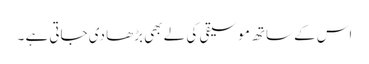
اس کے ساتھ موسیقی کی لے بھی بڑھا دی جاتی ہے ۔